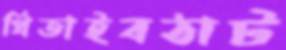
থিতাইবঠাট